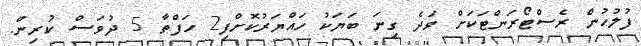
ފުލުހުން ރެސްޓޯރަންޓަކަށް ވަދެ ގިނަ ބަޔަކު ހައްޔަރުކޮށްފި2 ހަފްތާ 5 ދުވަސް ކުރިން.